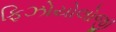
ફિઝોયોલોજી